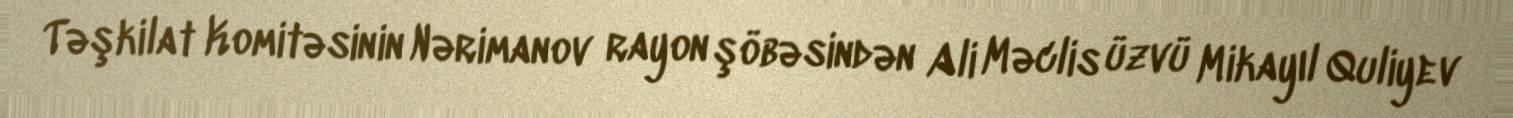
Təşkilat Komitəsinin Nərimanov rayon şöbəsindən Ali Məclis üzvü Mikayıl Quliyev